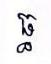
ធ្ធ